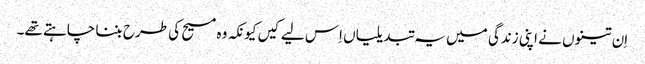
‏ اِن تینوں نے اپنی زندگی میں یہ تبدیلیاں اِس لیے کیں کیونکہ وہ مسیح کی طرح بننا چاہتے تھے۔